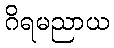
ဂိရမညာယ